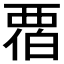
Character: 𬡹